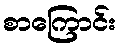
စာကြောင်း